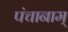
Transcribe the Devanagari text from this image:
पंचानाम्